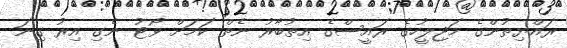
ރައްޔިތުންގެ މަޖިލީހުގެ ރައީސްގެ އިތުބާރު ނެތް ކަމަށް ވޯޓު ނެގި އިރު ގިނަ